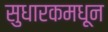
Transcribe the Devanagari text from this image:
सुधारकमधून